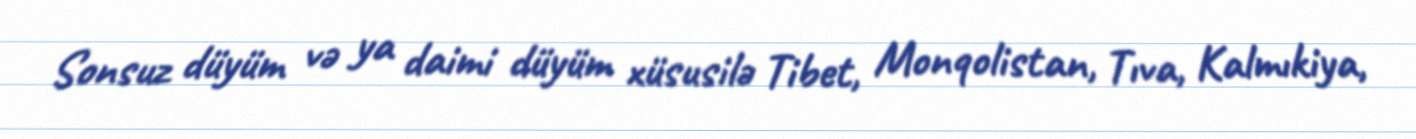
Sonsuz düyüm və ya daimi düyüm xüsusilə Tibet, Monqolistan, Tıva, Kalmıkiya,